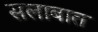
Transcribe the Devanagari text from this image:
सलाबात